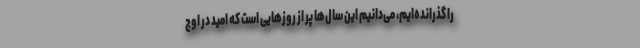
را گذرانده‌ایم، می‌دانیم این سال‌ها پر از روزهایی است که امید در اوج